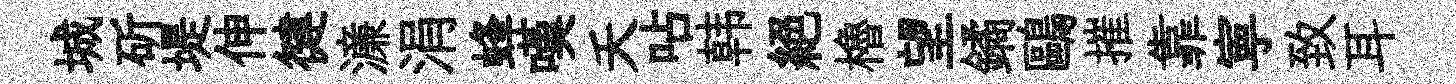
城斫堤伸徤濓涓蜂嘆夭呫韩絕櫓望鐍鷗摧靠寕致耳